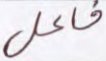
فاعل